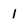
Character: 1